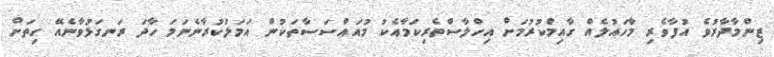
ޒިންމާދާރުވެ އުފާވެރި މާހައުލެއް ގާއިމްކުރުމަށް އިހްލާސްތެރިކަމާއެކު މުއައްސަސާތަކުން އަމަލުކުރާނެނަމަ ހާދަ ރަނގަޅުވާނެއޭ ހިތަށް